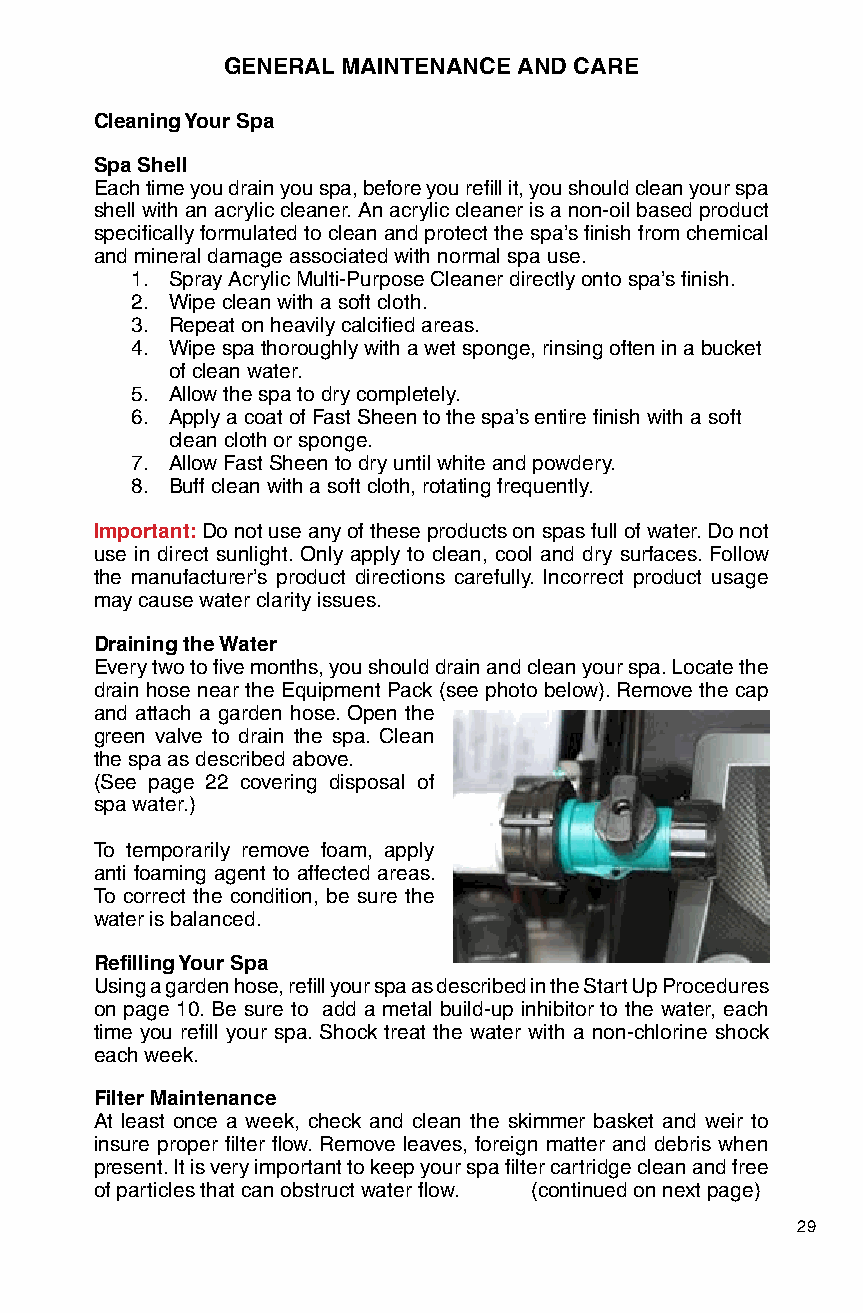
GENERAL MAINTENANCE AND CARE
 Cleaning Your Spa
 Spa Shell
 Each time you drain you spa, before you refill it, you should clean your spa
 shell with an acrylic cleaner. An acrylic cleaner is a non-oil based product
 specifically formulated to clean and protect the spa’s finish from chemical
 and mineral damage associated with normal spa use.
 1. Spray Acrylic Multi-Purpose Cleaner directly onto spa’s finish.
 2. Wipe clean with a soft cloth.
 3. Repeat on heavily calcified areas.
 4. Wipe spa thoroughly with a wet sponge, rinsing often in a bucket
 of clean water.
 5. Allow the spa to dry completely.
 6. Apply a coat of Fast Sheen to the spa’s entire finish with a soft
 clean cloth or sponge.
 7. Allow Fast Sheen to dry until white and powdery.
 8. Buff clean with a soft cloth, rotating frequently.
 Important: Do not use any of these products on spas full of water. Do not
 use in direct sunlight. Only apply to clean, cool and dry surfaces. Follow
 the manufacturer’s product directions carefully. Incorrect product usage
 may cause water clarity issues.
 Draining the Water
 Every two to five months, you should drain and clean your spa. Locate the
 drain hose near the Equipment Pack (see photo below). Remove the cap
 and attach a garden hose. Open the
 green valve to drain the spa. Clean
 the spa as described above.
 (See page 22 covering disposal of
 spa water.)
 To temporarily remove foam, apply
 anti foaming agent to affected areas.
 To correct the condition, be sure the
 water is balanced.
 Refilling Your Spa
 Using a garden hose, refill your spa as described in the Start Up Procedures
 on page 10. Be sure to add a metal build-up inhibitor to the water, each
 time you refill your spa. Shock treat the water with a non-chlorine shock
 each week.
 Filter Maintenance
 At least once a week, check and clean the skimmer basket and weir to
 insure proper filter flow. Remove leaves, foreign matter and debris when
 present. It is very important to keep your spa filter cartridge clean and free
 of particles that can obstruct water flow. (continued on next page)
 29